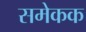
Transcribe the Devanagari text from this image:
समेकक